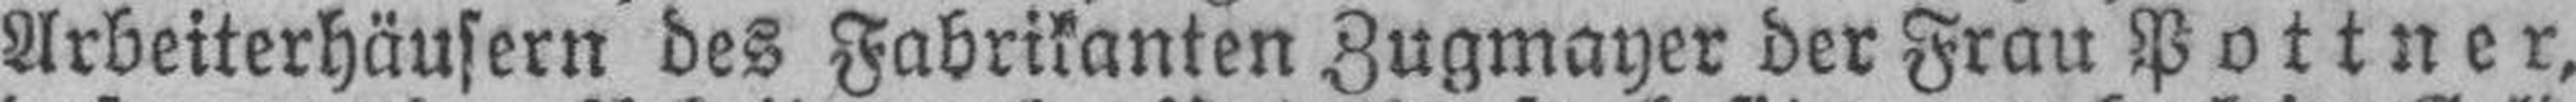
Arbeiterhäusern des Fabrikanten Zugmayer der Frau Pottner,